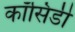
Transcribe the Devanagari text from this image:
कॉसिडी